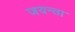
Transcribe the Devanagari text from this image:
जयन्ता